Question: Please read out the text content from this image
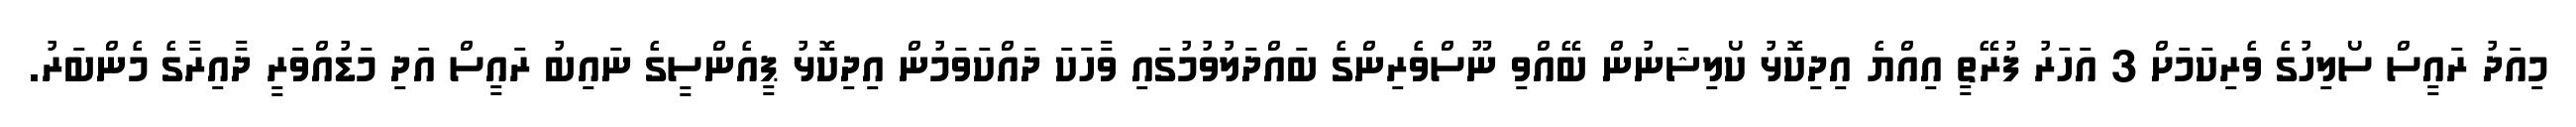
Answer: މިއަދު ރައީސް ސޯލިހުގެ ވެރިކަމަށް 3 އަހަރު ފުރޭތީ އިއްޔެ އިދިކޮޅު ކޯލިޝަނުން ބޭއްވި ނޫސްވެރިންގެ ބައްދަލުވުމުގައި ވާހަކަ ދައްކަވަމުން އިދިކޮޅު ޕީއެންސީގެ ނައިބު ރައީސް އަދި މަޑުއްވަރީ ދާއިރާގެ މެންބަރު.